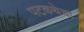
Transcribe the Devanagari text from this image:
पटकथेचा